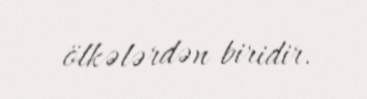
ölkələrdən biridir.